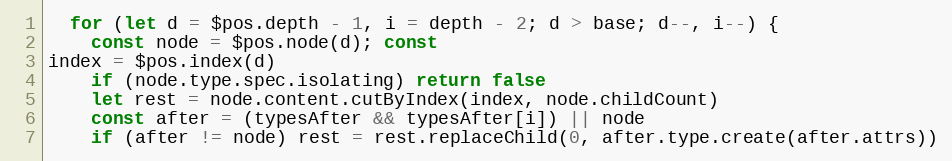
Language: JavaScript
  for (let d = $pos.depth - 1, i = depth - 2; d > base; d--, i--) {
    const node = $pos.node(d); const
index = $pos.index(d)
    if (node.type.spec.isolating) return false
    let rest = node.content.cutByIndex(index, node.childCount)
    const after = (typesAfter && typesAfter[i]) || node
    if (after != node) rest = rest.replaceChild(0, after.type.create(after.attrs))